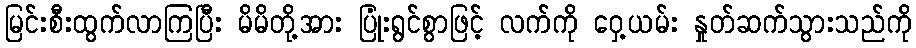
မြင်းစီးထွက်လာကြပြီး မိမိတို့အား ပြုံးရွင်စွာဖြင့် လက်ကို ဝှေ့ယမ်း နှုတ်ဆက်သွားသည်ကို